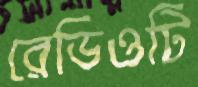
রেডিওটি